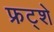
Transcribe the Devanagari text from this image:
फ्रट्शे